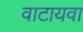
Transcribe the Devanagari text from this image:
वाटायवा